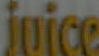
juice